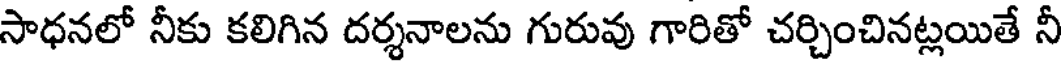
సాధనలో నీకు కలిగిన దర్శనాలను గురువు గారితో చర్చించినట్లయితే నీ